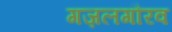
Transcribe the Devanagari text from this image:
गज़लगौरव